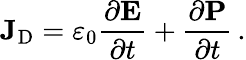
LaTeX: \mathbf{J}_{\mathrm{D}}=\varepsilon_{0}{\frac{\partial\mathbf{E}}{\partial t}}+{\frac{\partial\mathbf{P}}{\partial t}}\, .